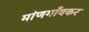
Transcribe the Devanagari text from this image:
मांणगाँवकर